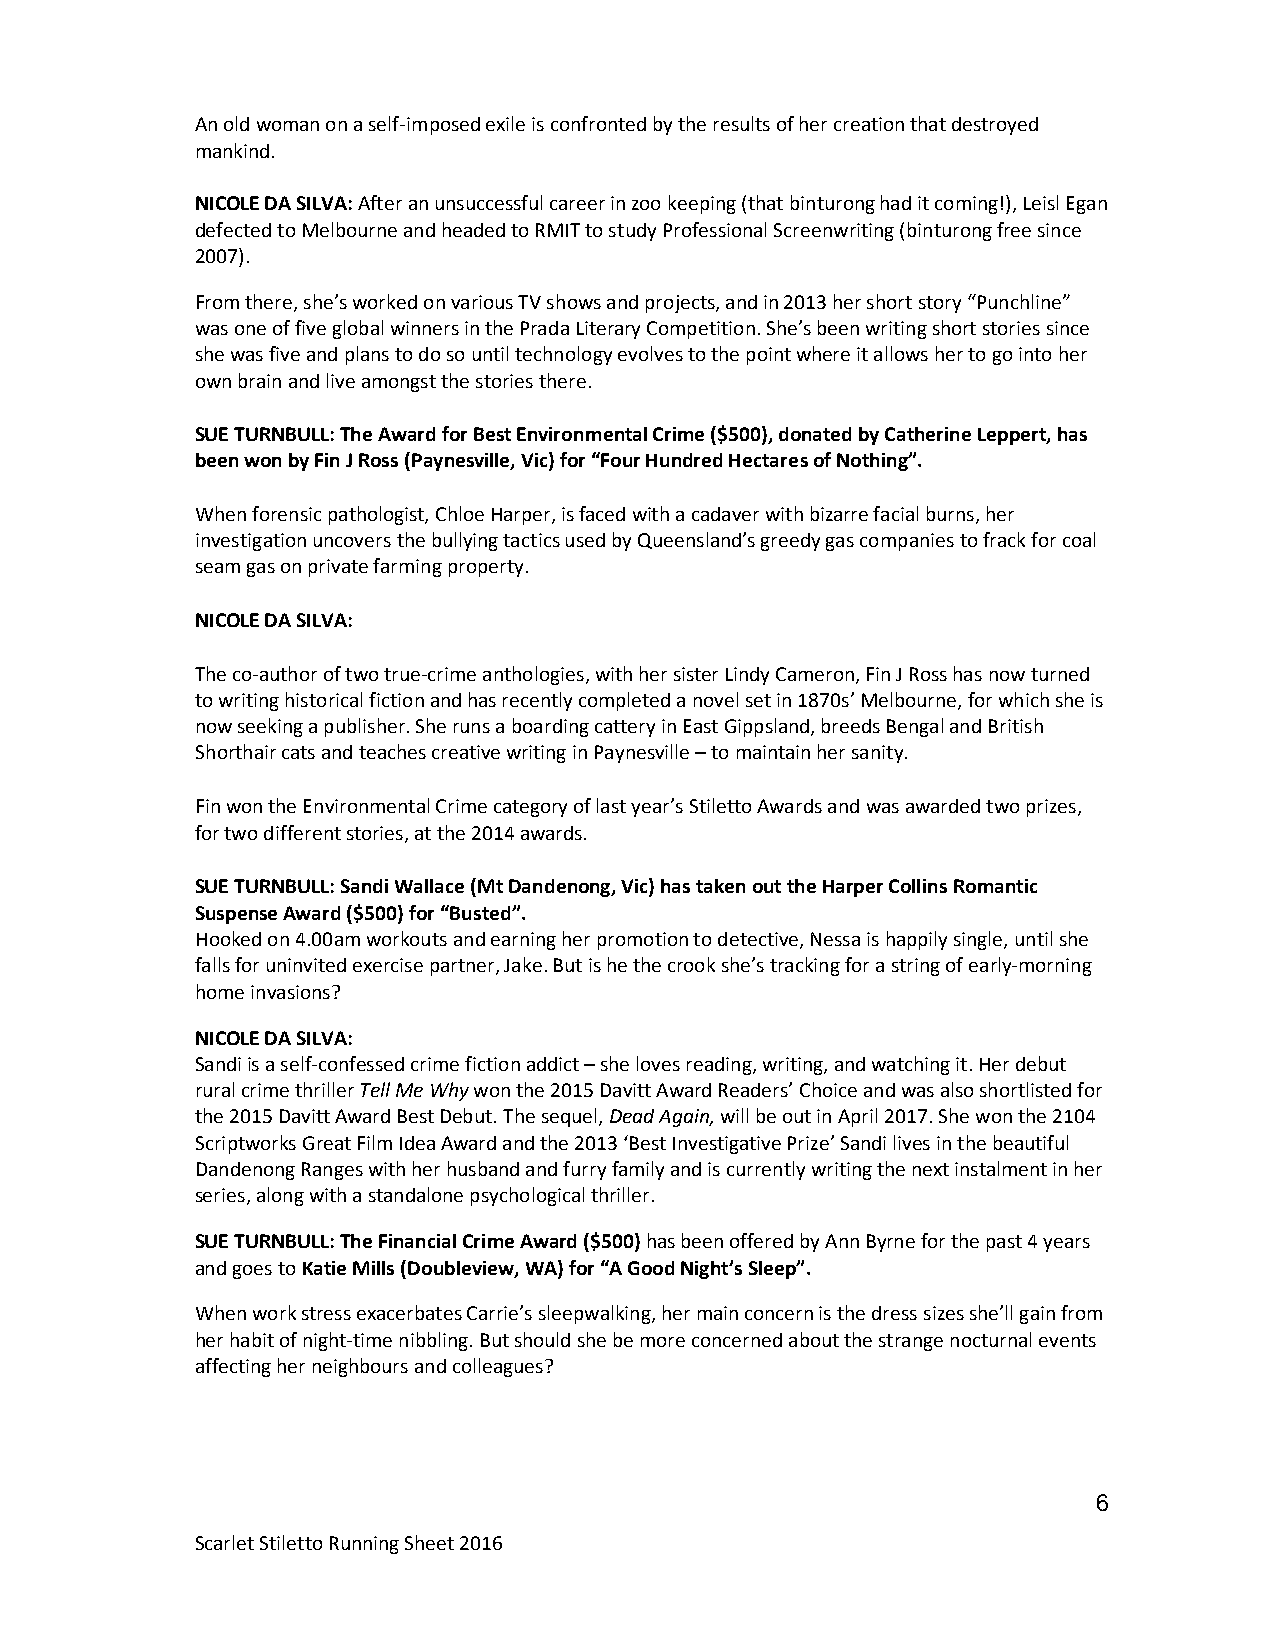
An old woman on a self-imposed exile is confronted by the results of her creation that destroyed
 mankind.
 NICOLE DA SILVA: After an unsuccessful career in zoo keeping (that binturong had it coming!), Leisl Egan
 defected to Melbourne and headed to RMIT to study Professional Screenwriting (binturong free since
 2007).
 From there, she’s worked on various TV shows and projects, and in 2013 her short story “Punchline”
 was one of five global winners in the Prada Literary Competition. She’s been writing short stories since
 she was five and plans to do so until technology evolves to the point where it allows her to go into her
 own brain and live amongst the stories there.
 SUE TURNBULL: The Award for Best Environmental Crime ($500), donated by Catherine Leppert, has
 been won by Fin J Ross (Paynesville, Vic) for “Four Hundred Hectares of Nothing”.
 When forensic pathologist, Chloe Harper, is faced with a cadaver with bizarre facial burns, her
 investigation uncovers the bullying tactics used by Queensland’s greedy gas companies to frack for coal
 seam gas on private farming property.
 NICOLE DA SILVA:
 The co-author of two true-crime anthologies, with her sister Lindy Cameron, Fin J Ross has now turned
 to writing historical fiction and has recently completed a novel set in 1870s’ Melbourne, for which she is
 now seeking a publisher. She runs a boarding cattery in East Gippsland, breeds Bengal and British
 Shorthair cats and teaches creative writing in Paynesville – to maintain her sanity.
 Fin won the Environmental Crime category of last year’s Stiletto Awards and was awarded two prizes,
 for two different stories, at the 2014 awards.
 SUE TURNBULL: Sandi Wallace (Mt Dandenong, Vic) has taken out the Harper Collins Romantic
 Suspense Award ($500) for “Busted”.
 Hooked on 4.00am workouts and earning her promotion to detective, Nessa is happily single, until she
 falls for uninvited exercise partner, Jake. But is he the crook she’s tracking for a string of early-morning
 home invasions?
 NICOLE DA SILVA:
 Sandi is a self-confessed crime fiction addict – she loves reading, writing, and watching it. Her debut
 rural crime thriller Tell Me Why won the 2015 Davitt Award Readers’ Choice and was also shortlisted for
 the 2015 Davitt Award Best Debut. The sequel, Dead Again, will be out in April 2017. She won the 2104
 Scriptworks Great Film Idea Award and the 2013 ‘Best Investigative Prize’ Sandi lives in the beautiful
 Dandenong Ranges with her husband and furry family and is currently writing the next instalment in her
 series, along with a standalone psychological thriller.
 SUE TURNBULL: The Financial Crime Award ($500) has been offered by Ann Byrne for the past 4 years
 and goes to Katie Mills (Doubleview, WA) for “A Good Night’s Sleep”.
 When work stress exacerbates Carrie’s sleepwalking, her main concern is the dress sizes she’ll gain from
 her habit of night-time nibbling. But should she be more concerned about the strange nocturnal events
 affecting her neighbours and colleagues?
 6
 Scarlet Stiletto Running Sheet 2016